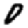
Digit: 0